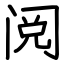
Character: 阅